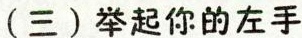
（三）举起你的左手